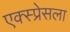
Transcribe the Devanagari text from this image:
एक्स्प्रेसला